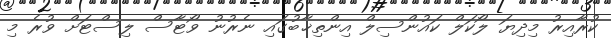
ކުރާއިރު މިދިޔަ ލޯކަލް ކައުންސިލް އިންތިޚާބުގައި ނެރުނު ވޯޓާސް ލިސްޓަށް ވުރެ މި